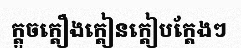
ក្តួចក្តឿងក្តៀនក្តៀបក្តែងៗ